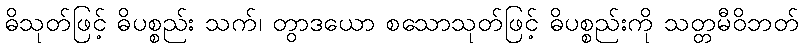
ဓိသုတ်ဖြင့် ဓိပစ္စည်း သက်၊ တွာဒယော စသောသုတ်ဖြင့် ဓိပစ္စည်းကို သတ္တမီဝိဘတ်